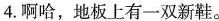
4.啊哈，地板上有一双新鞋。